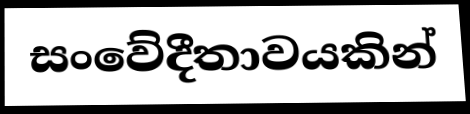
සංවේදීතාවයකින්